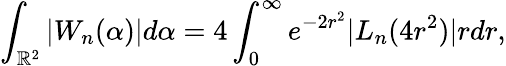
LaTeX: \int_{\mathbb{R}^{2}}|W_{n}(\alpha)|d\alpha=4\int_{0}^{\infty}e^{-2r^{2}}|L_{n}(4r^{2})|rdr,